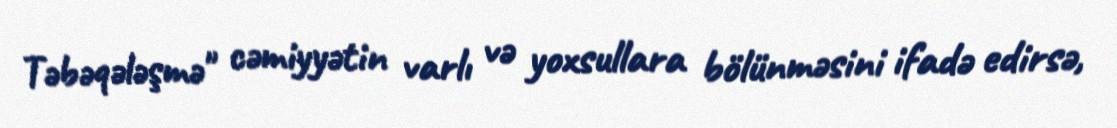
Təbəqələşmə" cəmiyyətin varlı və yoxsullara bölünməsini ifadə edirsə,